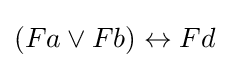
(Fa\lor Fb)\leftrightarrow Fd